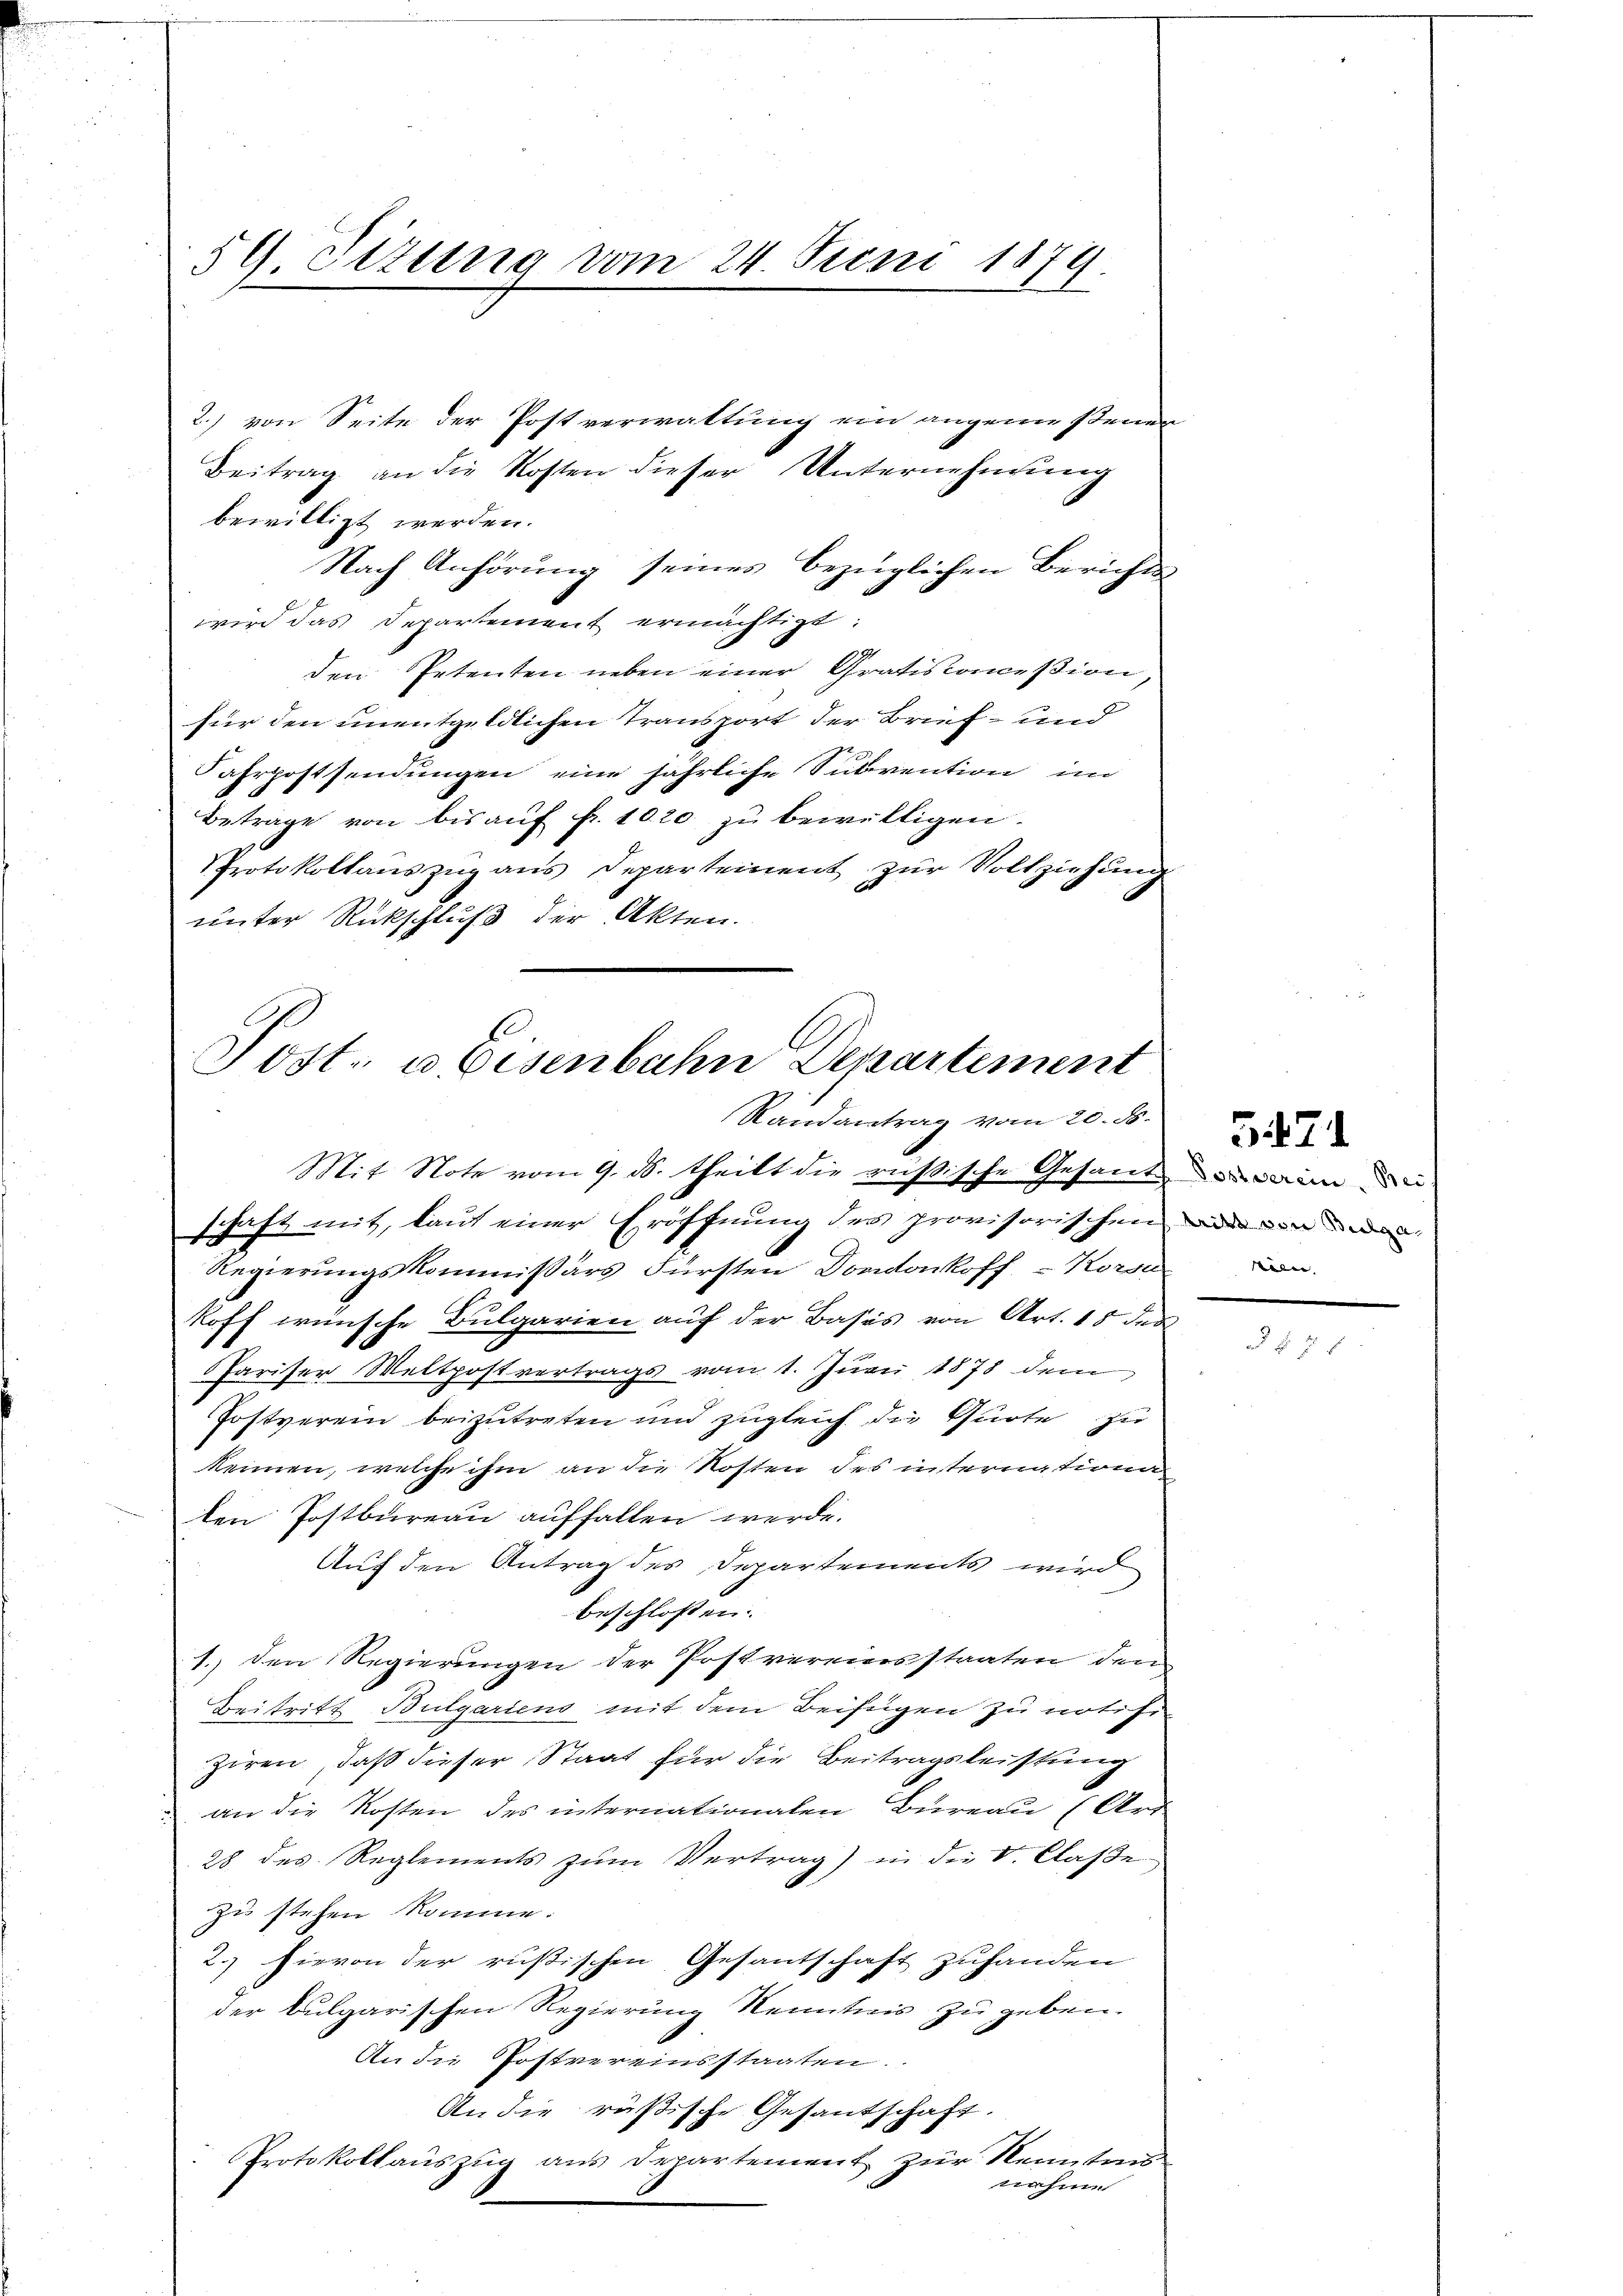
59. Sizung vom 24. Juni 1879.

Beitrag an die Kosten dieser Unternehmung
bewilligt werden.
Nach Anhörung seines bezüglichen Berichts
wird das Departement ermächtigt
den Petenten neben einer Gratiscommißion,
für den unentgeldlichen Transport der Brief- und
Fahrpostsendungen eine jährliche Subvention im
Betrage von bis aŭf fr. 1020 zu bewilligen.
PProtokollauszug aus Departement zur Vollziehung
unter Rückschluß der Akten.

Post- u. Eisenbahn Departement
Randantrag vom 20. ds.
Mit Note vom 9. ds. theilt die russische Gesandte des Baum de
schaft mit, laut einer Eröffnung des provisorischen

2.) von Seite der Postverwaltung ein angemessenen

Regierungskommissärs Fürsten Dondonkoff - Korsi
koff wünsche Bulgarien auf der Basis von Art. 18 des
Pariser Weltpostvertrags vom 1. Juni 1878 dem
Postverein beizutreten und zugleich die Quote zu
keinen, welche ihm an die Kosten des internationa
len Postbureau auffallen werde.
Auf den Antrag des Departements wird
beschlossen:
1.) den Regierungen der Postvereinsstaaten dem
Beitritt Bulgariens mit dem Beifügen zu notifi
ziren, daß dieser Staat für die Beitragsleistung
an die Kosten des internationalen Bureau (Art
28 des Reglements zum Vertrag) in der V. Classe
zu stehen komme.
2.) Hievon der rußischen Gesantschaft zuhanden
der bulgarischen Regierung Kenntnis zu geben.
An die Postvereinsstaaten.
An die rüßische Gesantschaft.
Protokollauszug aus Departement zur Kenntens
nahme

tritt von Bulga
tein |

5471